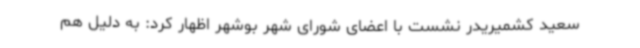
سعید کشمیریدر نشست با اعضای شورای شهر بوشهر اظهار کرد: به دلیل هم